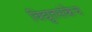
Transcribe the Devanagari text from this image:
विद्युतसंकेच